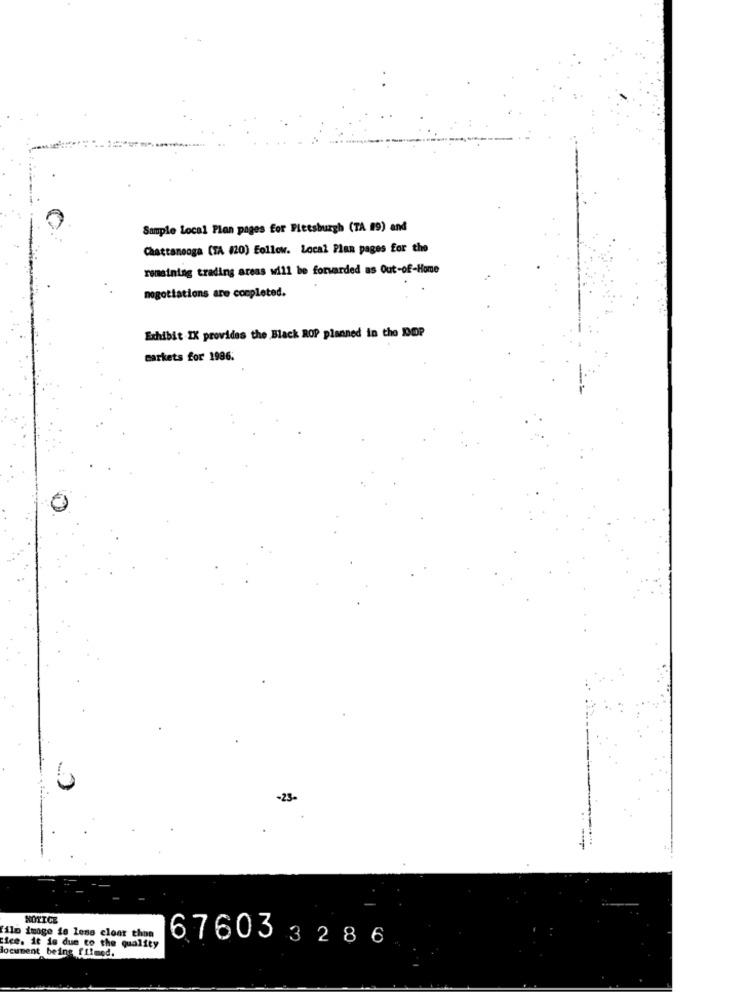
Sample Local Plan pages for Pletsburgh (TA 29) and
Chattanooga (TA (20) Follow. Local Plan pages for the
remaining trading areas will be forwarded as Out-of-Home
negotiations are completed.
Exhibit IK provides the Black ROP planned in the KOP
markets for 1986.
-23
NOTICE
ilo image is lens cloor thon
67603328 6
tice. it is due to the quality
locument being filmed.